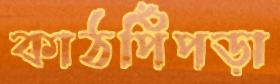
কাঠপিঁপড়া